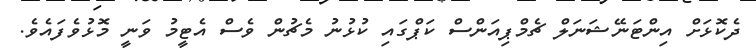
ދެކޮޅަށް އިންޓަނޭޝަނަލް ޗެމްޕިއަންސް ކަޕްގައި ކުޅުނު މެޗުން ވެސް އެޓީމު ވަނީ މޮޅުވެފައެވެ.